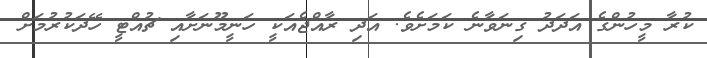
ކުރާ މީހުންގެ އަދަދު ގިނަވާނެ ކަމަށެވެ. އަދި ރާއްޖެއަކީ ހަނީމޫނަށާއި ޗުއްޓީ ހޭދަކުރުމަށް